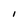
Character: l